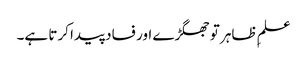
علمِ ظاہر تو جھگڑے اور فساد پیدا کرتا ہے۔